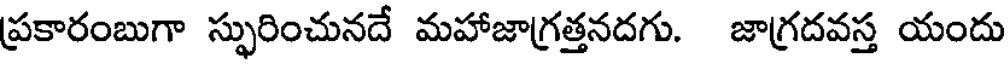
ప్రకారంబుగా స్ఫురించునదే మహాజాగ్రత్తనదగు. జాగ్రదవస్త యందు